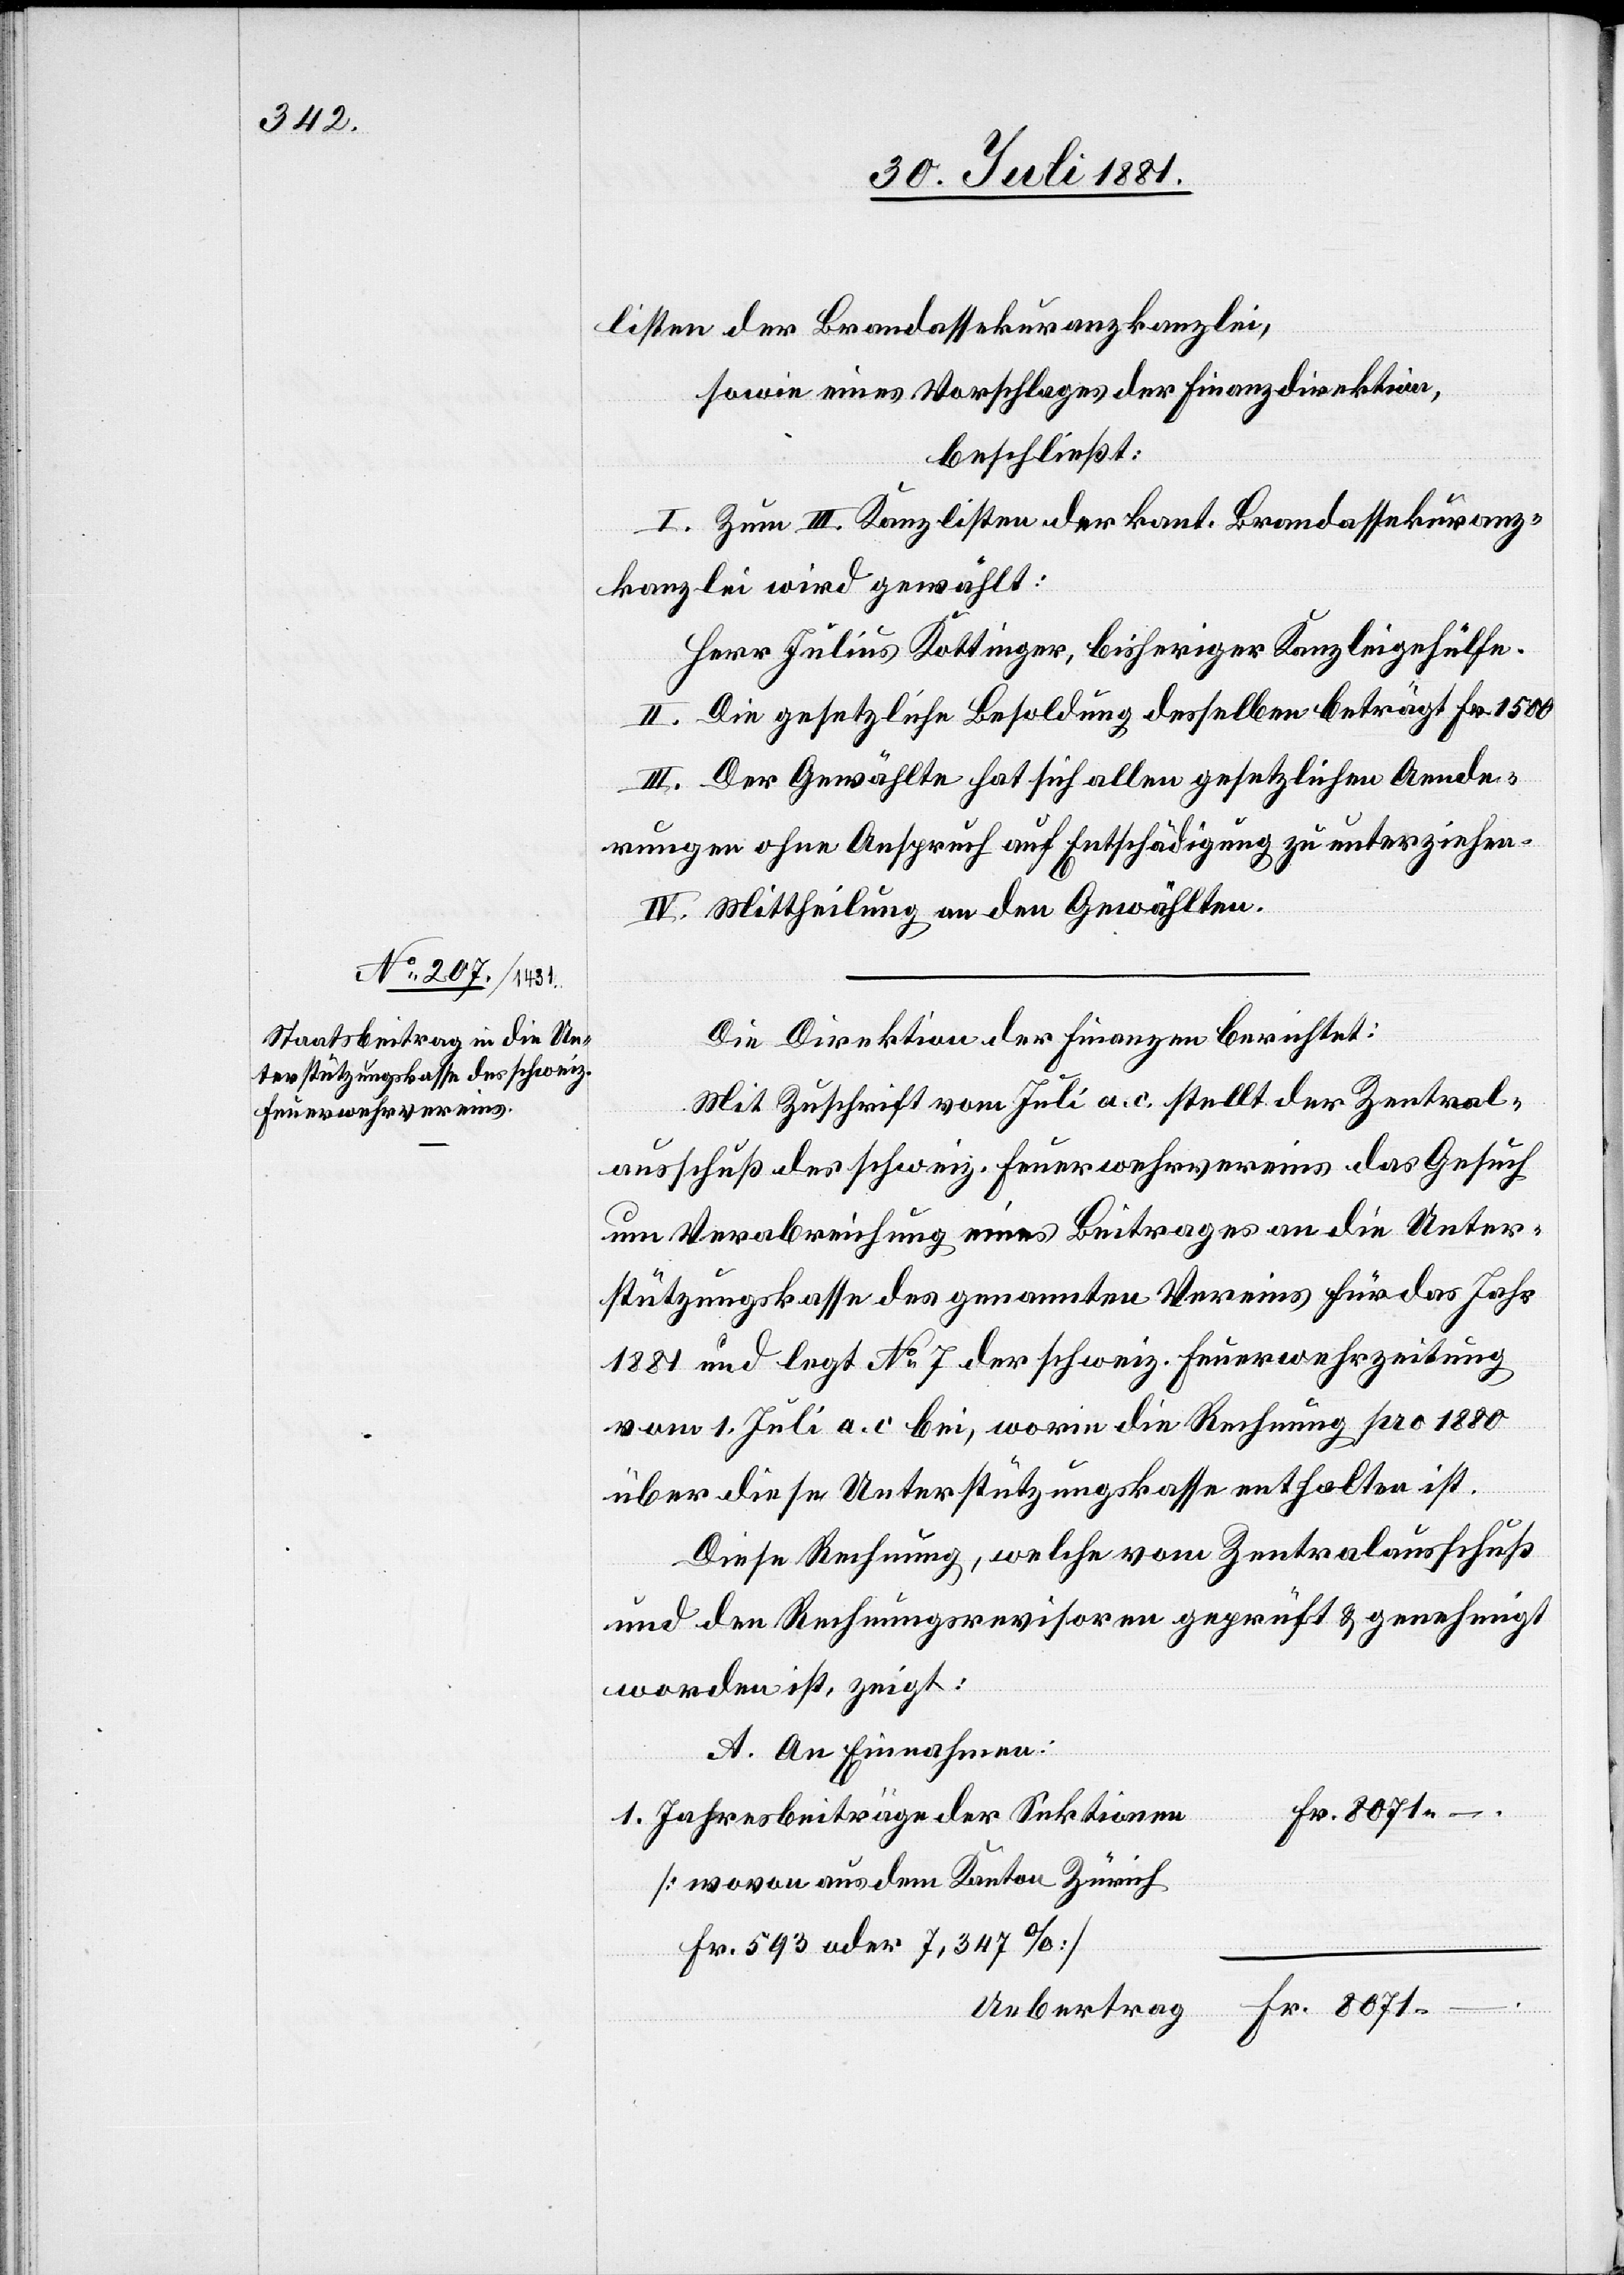
listen der Brandassekuranzkanzlei,
sowie eines Vorschlages der Finanzdirektion,
beschließt:
I. Zum III. Kanzlisten der kant. Brandassekuranz¬
kanzlei wird gewählt:
Herr Julius Kottinger, bisheriger Kanzleigehülfe.
II. Die gesetzliche Besoldung desselben beträgt Fr. 1500.
III. Der Gewählte hat sich allen gesetzlichen Aende¬
rungen ohne Anspruch auf Entschädigung zu unterziehen.
IV. Mittheilung an den Gewählten.
Die Direktion der Finanzen berichtet:
Mit Zuschrift vom 7. Juli a. c. stellt der Zentral¬
ausschuß des schweiz. Feuerwehrvereins das Gesuch
um Verabreichung eines Beitrages an die Unter¬
stützungskasse des genannten Vereins für das Jahr
1881 und legt No 7 der schweiz. Feuerwehrzeitung
vom 1. Juli a. c. bei, worin die Rechnung pro 1880
über diese Unterstützungskasse enthalten ist.
Diese Rechnung, welche vom Zentralausschuß
und den Rechnungsrevisoren geprüft & genehmigt
worden ist, zeigt:
A. An Einnahmen:
Jahresbeiträge der Sektionen
[wovon aus dem Kanton Zürich
Fr. 593 oder 7,347%]